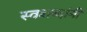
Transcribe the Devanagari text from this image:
स्वशब्दांनी